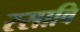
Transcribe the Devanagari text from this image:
रसावि